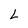
Character: L